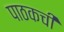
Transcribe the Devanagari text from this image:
पाठकची